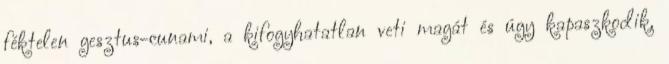
féktelen gesztus-cunami, a kifogyhatatlan veti magát és úgy kapaszkodik,